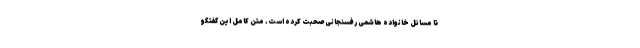
تا مسائل خانواده هاشمی رفسنجانی صحبت کرده است. متن کامل این گفتگو